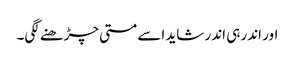
اور اندر ہی اندر شاید اسے مستی چڑھنے لگی۔